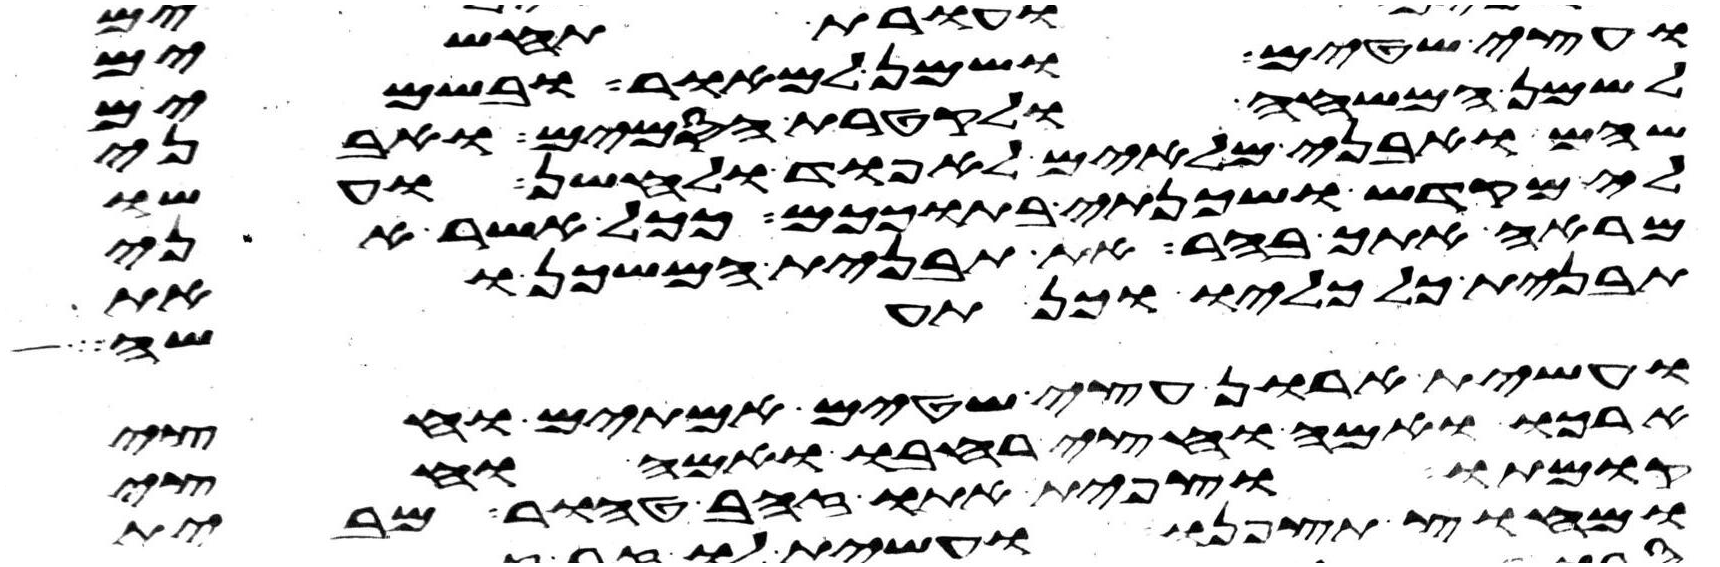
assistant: ועצי שטים ושמן למאור ובשמים
לשמן המשחה ולקטרת הסמים ואבני
שהם ואבני מלאים לאפוד ולחשן ועשו
לי מקדש ושכנתי בתוככם ככל אשר אני
מראה אתך בהר את תבנית המשכן ואת
תבנית כל כליו וכן תעשה
ועשית ארון עצי שטים אמתים וחצי
ארכו ואמה וחצי רחבו ואמה וחצי
קומתו וצפית אתו זהב טהור מבית